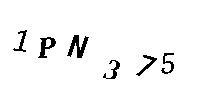
1PN375